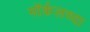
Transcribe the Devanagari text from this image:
मॉर्कलच्या